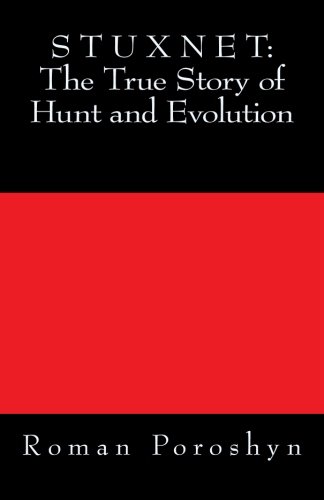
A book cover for Stuxnet: The True Story of Hunt and Evolution; Roman Poroshyn; Computers & Technology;